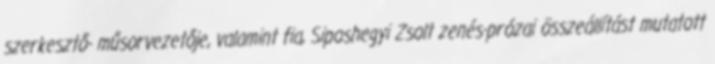
szerkesztő- műsorvezetője, valamint fia, Siposhegyi Zsolt zenés-prózai összeállítást mutatott